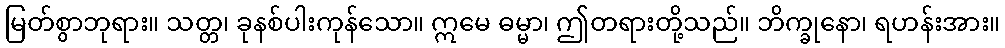
မြတ်စွာဘုရား။ သတ္တ၊ ခုနစ်ပါးကုန်သော။ ဣမေ ဓမ္မာ၊ ဤတရားတို့သည်။ ဘိက္ခုနော၊ ရဟန်းအား။